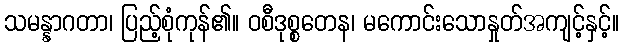
သမန္နာဂတာ၊ ပြည့်စုံကုန်၏။ ဝစီဒုစ္စတေန၊ မကောင်းသောနှုတ်အကျင့်နှင့်။